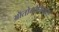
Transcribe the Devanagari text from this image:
ऑतोनोमियास